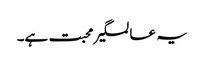
یہ عالمگیر محبت ہے۔